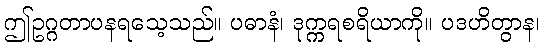
ဤဥဂ္ဂတာပနရသေ့သည်။ ပဓာနံ၊ ဒုက္ကရစရိယာကို။ ပဒဟိတွာန၊